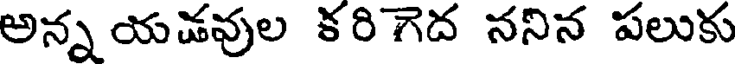
అన్న యడవుల కరిగెద ననిన పలుకు